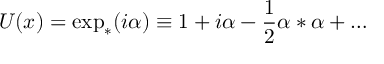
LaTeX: { \cal U } ( x ) = \exp _ { * } ( i \alpha ) \equiv 1 + i \alpha - \frac { 1 } { 2 } \alpha * \alpha + \ldots